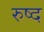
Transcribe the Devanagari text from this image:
रुष्द